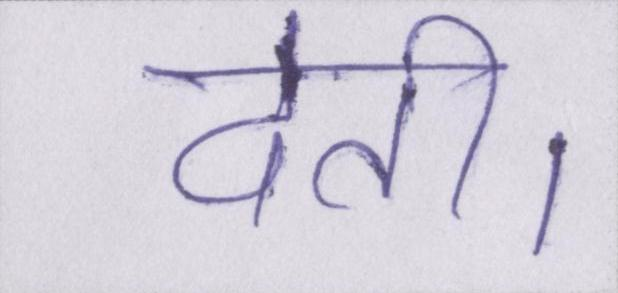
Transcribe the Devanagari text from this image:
देती।